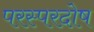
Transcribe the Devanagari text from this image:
परस्परदोष